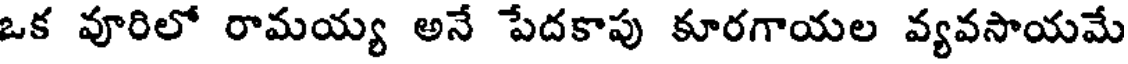
ఒక వూరిలో రామయ్య అనే పేదకాపు కూరగాయల వ్యవసాయమే